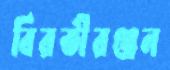
বিরতীরঞ্জন